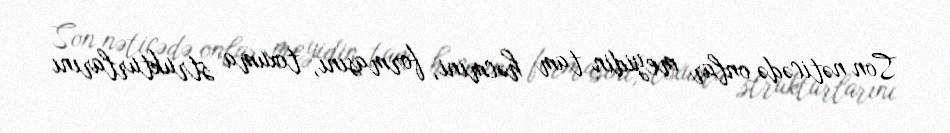
Son nəticədə onlar meyidin tam həcmini, formasını, toxuma strukturlarını